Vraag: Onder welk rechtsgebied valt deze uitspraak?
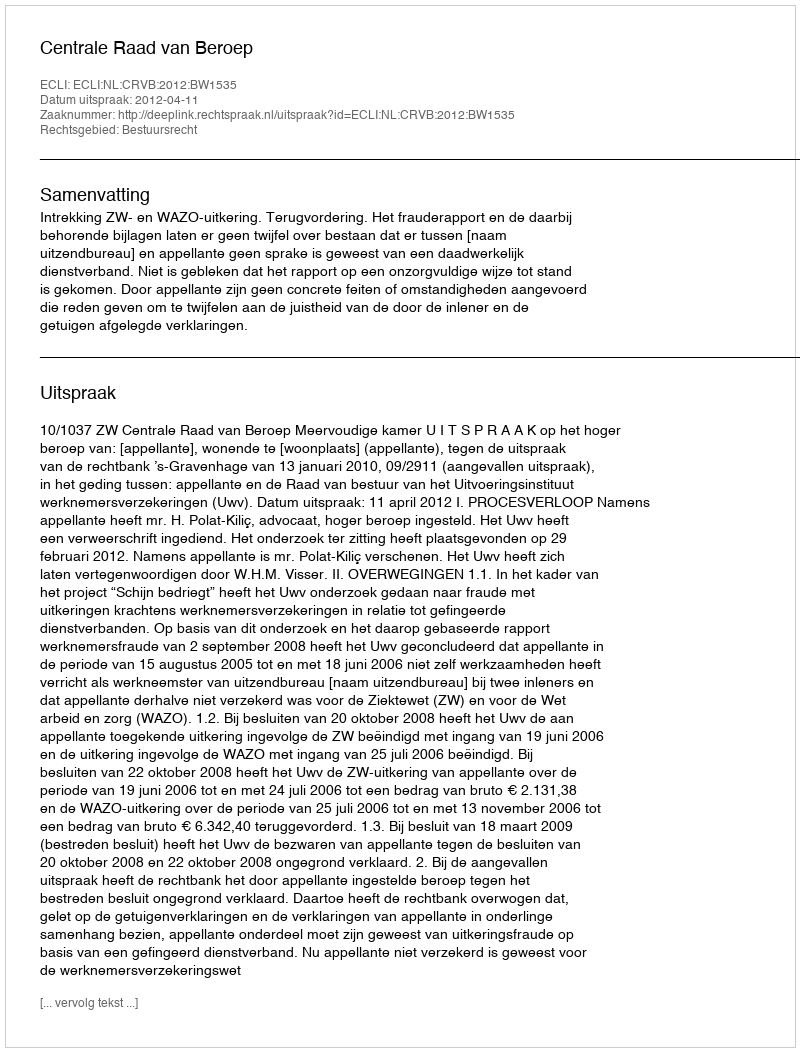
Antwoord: Bestuursrecht